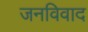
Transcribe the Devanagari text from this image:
जनविवाद